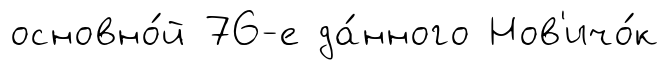
основно́й 76-е да́нного Нов'ичо́к